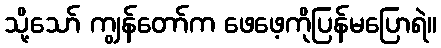
သို့သော် ကျွန်တော်က ဖေဖေ့ကိုပြန်မပြောရဲ။